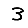
Digit: 3